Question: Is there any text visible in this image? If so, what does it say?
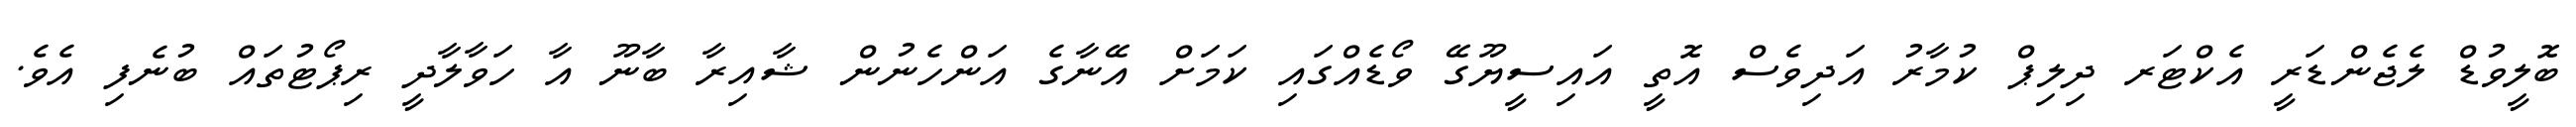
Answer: ބޮލީވުޑް ލެޖެންޑަރީ އެކްޓަރ ދިލިޕް ކުމާރު އަދިވެސް އޮތީ އައިސީޔޫގޭ ވޯޑެއްގައި ކަމަށް އޭނާގެ އަންހެނުން ޝާއިރާ ބާނޫ އާ ހަވާލާދީ ރިޕޯޓުތައް ބުނެފި އެވެ.